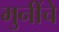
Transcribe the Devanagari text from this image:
मुनींचे